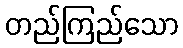
တည်ကြည်သော